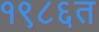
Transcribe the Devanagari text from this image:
१९८६त